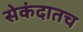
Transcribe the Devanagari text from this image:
सेकंदातच